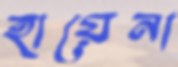
হায়েনা